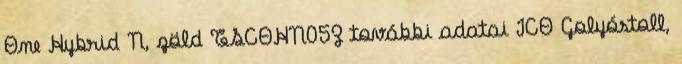
One Hybrid N, zöld TSCOHN05Z további adatai ICO Golyóstoll,